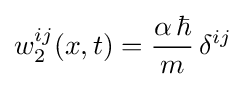
w_{2}^{ij}(x,t)={\frac {\alpha \,\hbar }{m}}\,\delta ^{ij}